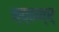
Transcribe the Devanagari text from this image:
क़्ठ्ठन्र्